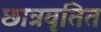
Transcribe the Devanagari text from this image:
छात्रवृतित